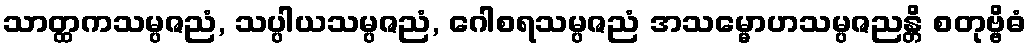
သာတ္ထကသမ္ပဇညံ, သပ္ပါယသမ္ပဇညံ, ဂေါစရသမ္ပဇညံ အသမ္မောဟသမ္ပဇညန္တိ စတုဗ္ဗိဓံ